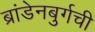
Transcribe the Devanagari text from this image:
ब्रांडेनबुर्गची